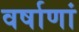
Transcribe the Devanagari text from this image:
वर्षाणां